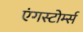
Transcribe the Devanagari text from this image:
एंगस्टोर्म्स